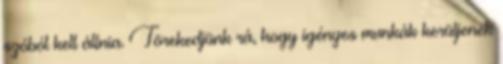
szóból kell állnia. Törekedjünk rá, hogy igényes munkák kerüljenek